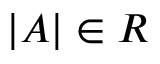
| A | \in R